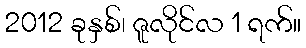
2012 ခုနှစ်၊ ဇူလိုင်လ 1 ရက်။